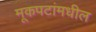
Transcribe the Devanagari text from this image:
मूकपटांमधील